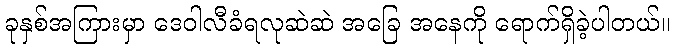
ခုနှစ်အကြားမှာ ဒေဝါလီခံရလုဆဲဆဲ အခြေ အနေကို ရောက်ရှိခဲ့ပါတယ်။